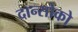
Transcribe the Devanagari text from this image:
दान्सोको